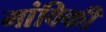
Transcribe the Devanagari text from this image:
मांविकी